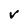
Character: v